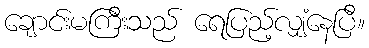
ချောင်းမကြီးသည် ရေပြည့်လျှံနေပြီ။